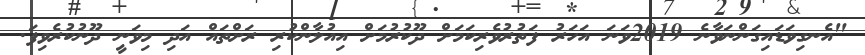
"އެނގިވަޑައިގަންނަވާނެ 2019ވަނަ އަހަރު ފަތުރުވެރިކަމަށް ދޫކުރުމަށް އިއުލާންކުރި ރަށްތައް އަދި މިވަނީ ދޫނުކުރެވިފަ.